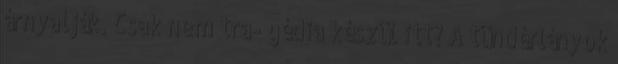
árnyalják. Csak nem tra- gédia készül itt? A tündérlányok